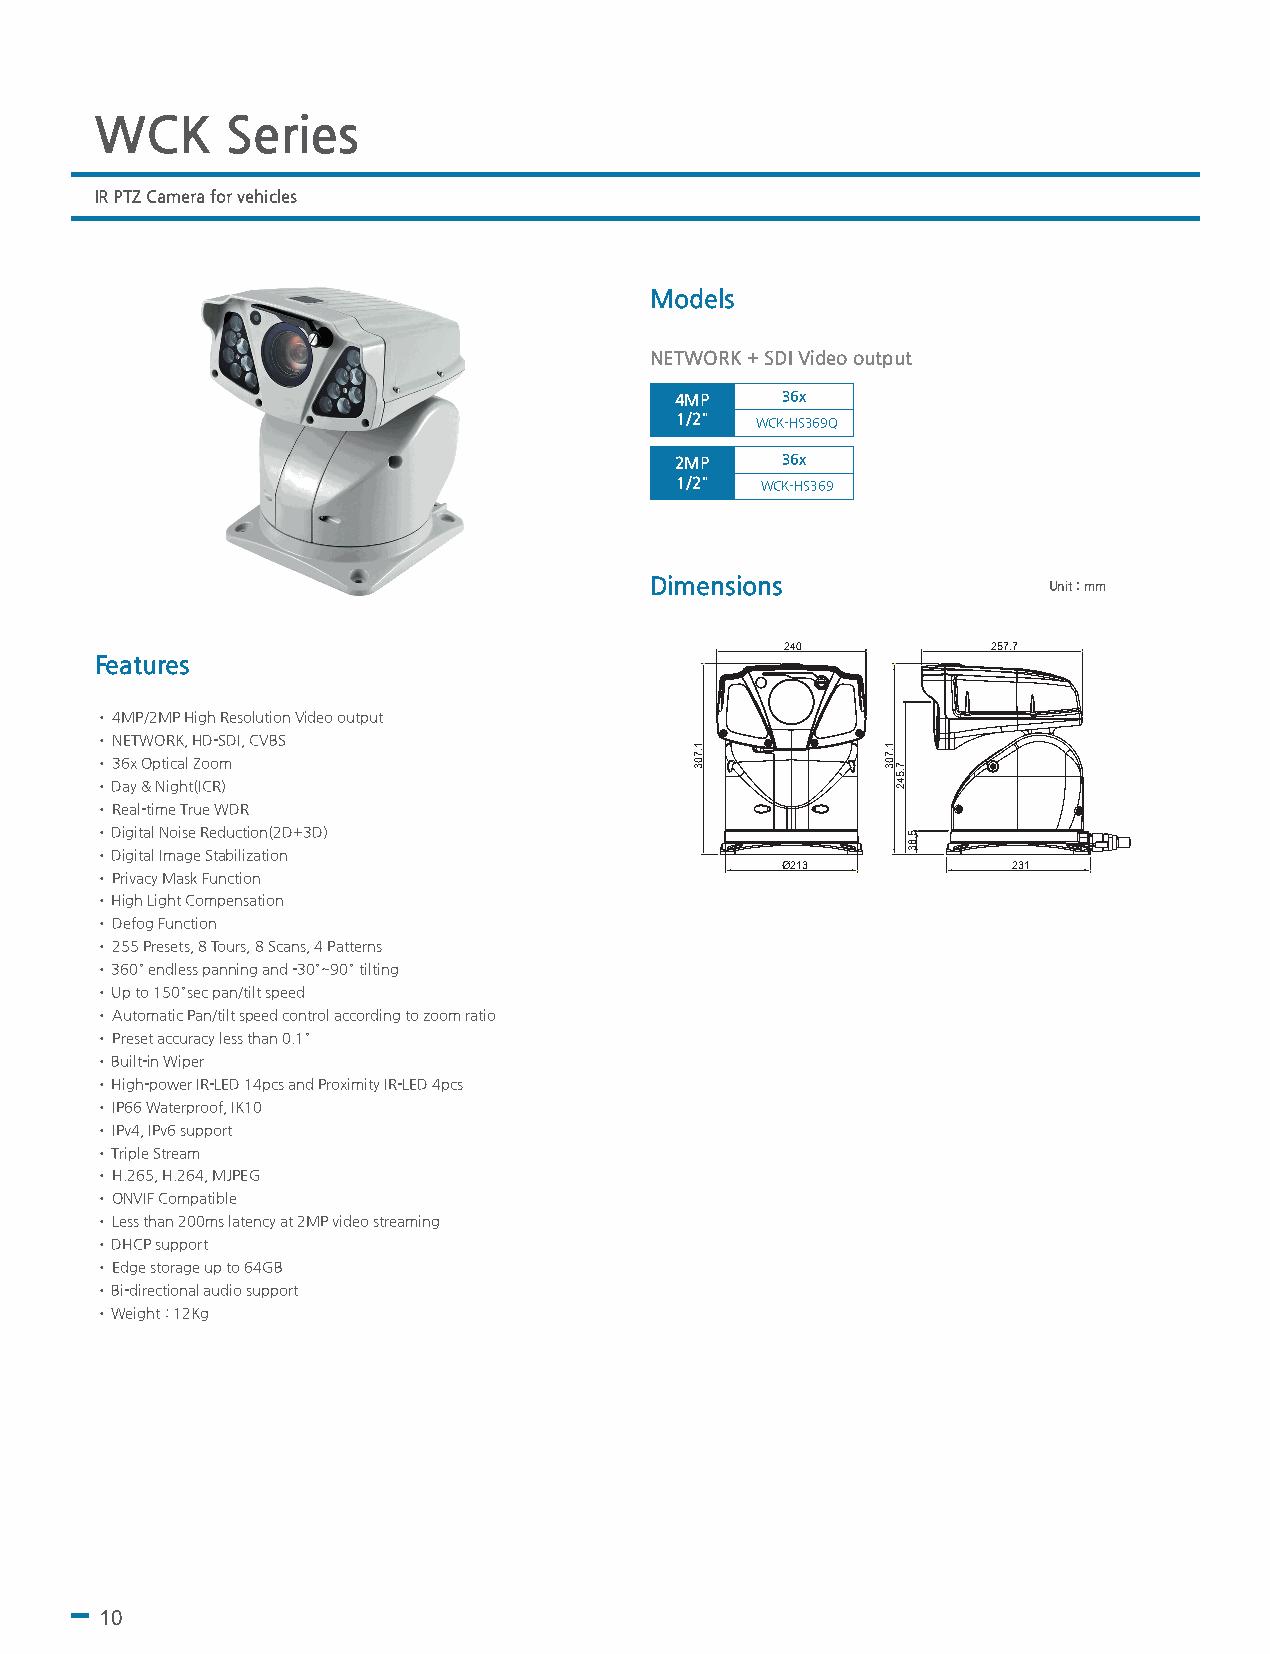
WCK      Series
 IR PTZ Camera for vehicles
 Models
 NETWORK + SDI Video output
 4MP    36x
 1/2" WCK-HS369Q
 2MP    36x
 1/2" WCK-HS369
 Dimensions                Unit : mm
 240           257.7
 Features
 • 4MP/2MP High Resolution Video output
 • NETWORK, HD-SDI, CVBS
 • 36x Optical Zoom
 • Day & Night(ICR)
 • Real-time True WDR
 • Digital Noise Reduction(2D+3D)
 • Digital Image Stabilization
 Ø213           231
 • Privacy Mask Function
 • High Light Compensation
 • Defog Function
 • 255 Presets, 8 Tours, 8 Scans, 4 Patterns
 • 360° endless panning and -30°~90° tilting
 • Up to 150°sec pan/tilt speed
 • Automatic Pan/tilt speed control according to zoom ratio
 • Preset accuracy less than 0.1°
 • Built-in Wiper
 • High-power IR-LED 14pcs and Proximity IR-LED 4pcs
 • IP66 Waterproof, IK10
 • IPv4, IPv6 support
 • Triple Stream
 • H.265, H.264, MJPEG
 • ONVIF Compatible
 • Less than 200ms latency at 2MP video streaming
 • DHCP support
 • Edge storage up to 64GB
 • Bi-directional audio support
 • Weight : 12Kg
 10
 1.703        1.703
 7.542
 5.83